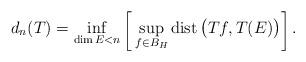
LaTeX: \begin{align*} d_{n} (T) = \inf_{\dim E < n} \raise -2pt \hbox{$\bigg[$} \sup_{f \in B_H} {\rm dist}\, \big(T f, T (E) \big) \raise -2pt \hbox{$\bigg]$} \, .\end{align*}